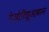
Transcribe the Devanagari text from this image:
टेओतिहुआकान